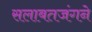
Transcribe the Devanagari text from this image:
सलाबतजंगने